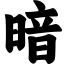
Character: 暗